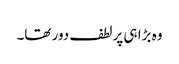
وہ بڑا ہی پرلطف دور تھا۔